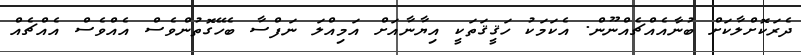
ދެރަކޮށްލާކަށް ބުނާއެއްޗެއްނޫން. އެކަމަކު ހަޤީޤަތަކީ އިޔާނާއަށް އަމިއްލަ ނަފްސާ ބެހޭގޮތުންވެސް އެއްވެސް އެއްޗެއް